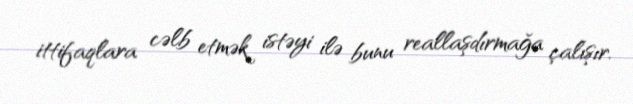
ittifaqlara cəlb etmək istəyi ilə bunu reallaşdırmağa çalışır.